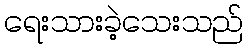
ရေးသားခဲ့သေးသည်